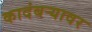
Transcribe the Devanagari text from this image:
कादंबर्‍यावर